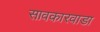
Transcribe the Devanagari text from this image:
सावकारवाडा